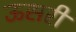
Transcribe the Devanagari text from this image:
ऊसरी